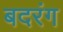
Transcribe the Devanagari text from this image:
बदरंग